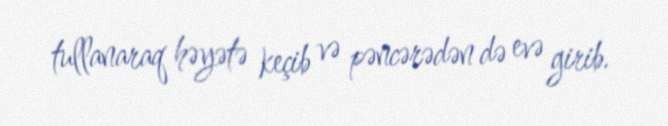
tullanaraq həyətə keçib və pəncərədən də evə girib.